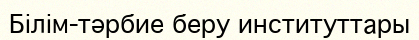
Білім-тәрбие беру институттары